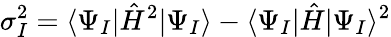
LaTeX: \sigma_{I}^{2}=\langle\Psi_{I}|\hat{H}^{2}|\Psi_{I}\rangle-\langle\Psi_{I}|\hat{H}|\Psi_{I}\rangle^{2}